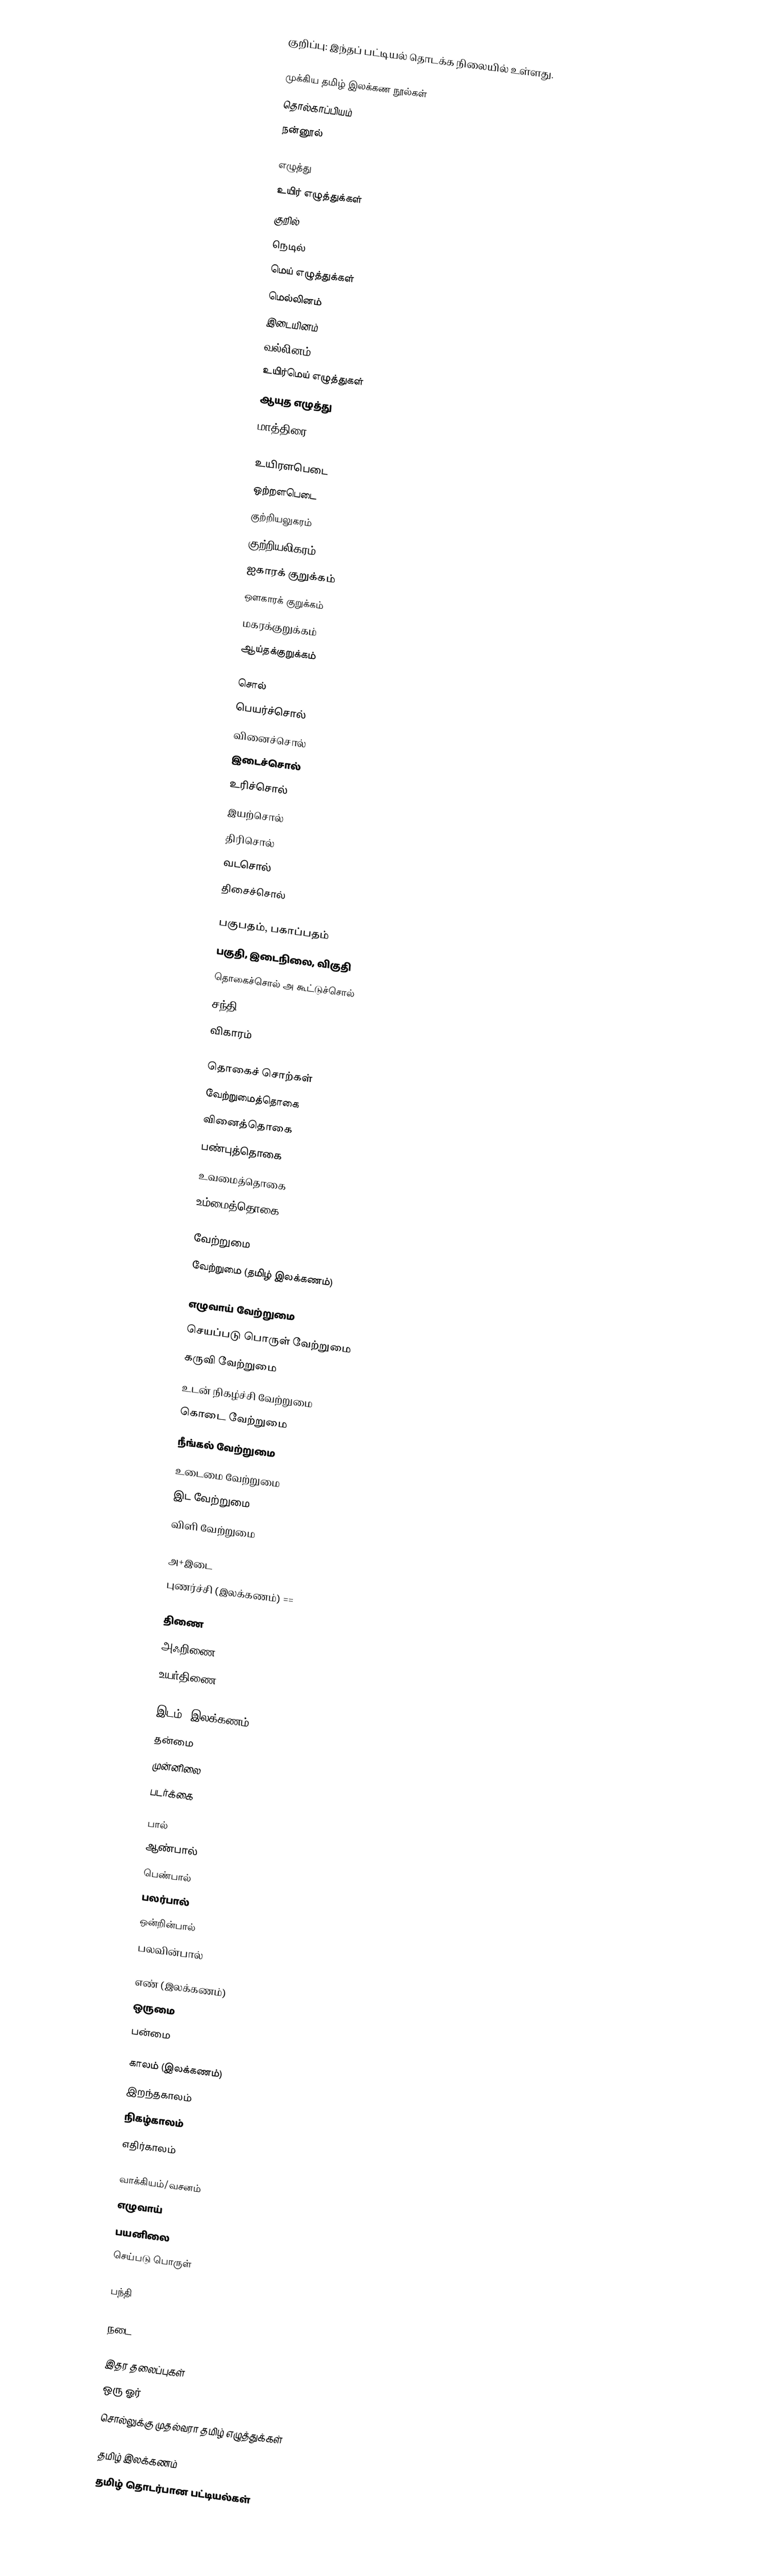
குறிப்பு: இந்தப் பட்டியல் தொடக்க நிலையில் உள்ளது.

முக்கிய தமிழ் இலக்கண நூல்கள்
 தொல்காப்பியம்
 நன்னூல்

எழுத்து
 உயிர் எழுத்துக்கள்
 குறில்
 நெடில்
 மெய் எழுத்துக்கள்
 மெல்லினம்
 இடையினம்
 வல்லினம்
 உயிர்மெய் எழுத்துகள்
 ஆயுத எழுத்து
 மாத்திரை

 உயிரளபெடை
 ஒற்றளபெடை
 குற்றியலுகரம்
 குற்றியலிகரம்
 ஐகாரக் குறுக்கம்
 ஔகாரக் குறுக்கம்
 மகரக்குறுக்கம்
 ஆய்தக்குறுக்கம்

சொல்
 பெயர்ச்சொல்
 வினைச்சொல்
 இடைச்சொல்
 உரிச்சொல்
 இயற்சொல்
 திரிசொல்
 வடசொல்
 திசைச்சொல்

 பகுபதம், பகாப்பதம்
 பகுதி, இடைநிலை, விகுதி
 தொகைச்சொல் அ கூட்டுச்சொல்
 சந்தி
 விகாரம்

தொகைச் சொற்கள்
 வேற்றுமைத்தொகை
 வினைத்தொகை
 பண்புத்தொகை
 உவமைத்தொகை
 உம்மைத்தொகை

வேற்றுமை
 வேற்றுமை (தமிழ் இலக்கணம்)

 எழுவாய் வேற்றுமை
 செயப்படு பொருள் வேற்றுமை
 கருவி வேற்றுமை
 உடன் நிகழ்ச்சி வேற்றுமை
 கொடை வேற்றுமை
 நீங்கல் வேற்றுமை
 உடைமை வேற்றுமை
 இட வேற்றுமை
 விளி வேற்றுமை

அ+இடை
புணர்ச்சி (இலக்கணம்) ==

திணை
 அஃறிணை
 உயர்திணை

இடம் (இலக்கணம்)
 தன்மை
 முன்னிலை
 படர்க்கை

பால்
 ஆண்பால்
 பெண்பால்
 பலர்பால்
 ஒன்றின்பால்
 பலவின்பால்

எண் (இலக்கணம்)
 ஒருமை
 பன்மை

காலம் (இலக்கணம்)
 இறந்தகாலம்
 நிகழ்காலம்
 எதிர்காலம்

வாக்கியம்/வசனம்
 எழுவாய்
 பயனிலை
 செய்படு பொருள்

பந்தி

நடை

இதர தலைப்புகள்
 ஒரு ஓர்
 சொல்லுக்கு முதல்வரா தமிழ் எழுத்துக்கள்

தமிழ் இலக்கணம்
தமிழ் தொடர்பான பட்டியல்கள்